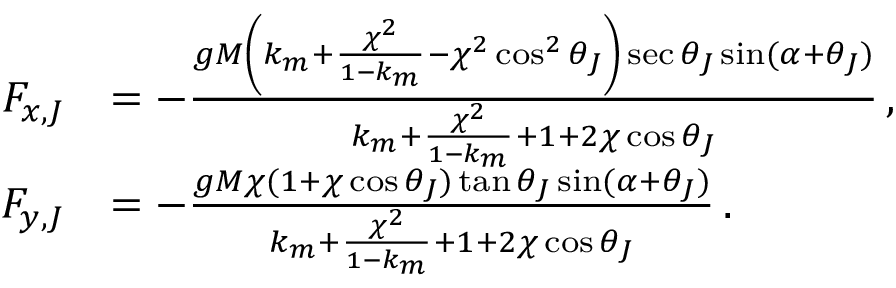
\begin{array} { r l } { F _ { x , J } } & { = - \frac { g M \left( k _ { m } + \frac { \chi ^ { 2 } } { 1 - k _ { m } } - \chi ^ { 2 } \cos ^ { 2 } \theta _ { J } \right) \sec \theta _ { J } \sin ( \alpha + \theta _ { J } ) } { k _ { m } + \frac { \chi ^ { 2 } } { 1 - k _ { m } } + 1 + 2 \chi \cos \theta _ { J } } \, , } \\ { F _ { y , J } } & { = - \frac { g M \chi ( 1 + \chi \cos \theta _ { J } ) \tan \theta _ { J } \sin ( \alpha + \theta _ { J } ) } { k _ { m } + \frac { \chi ^ { 2 } } { 1 - k _ { m } } + 1 + 2 \chi \cos \theta _ { J } } \, . } \end{array}